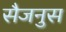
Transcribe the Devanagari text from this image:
सैजनुस